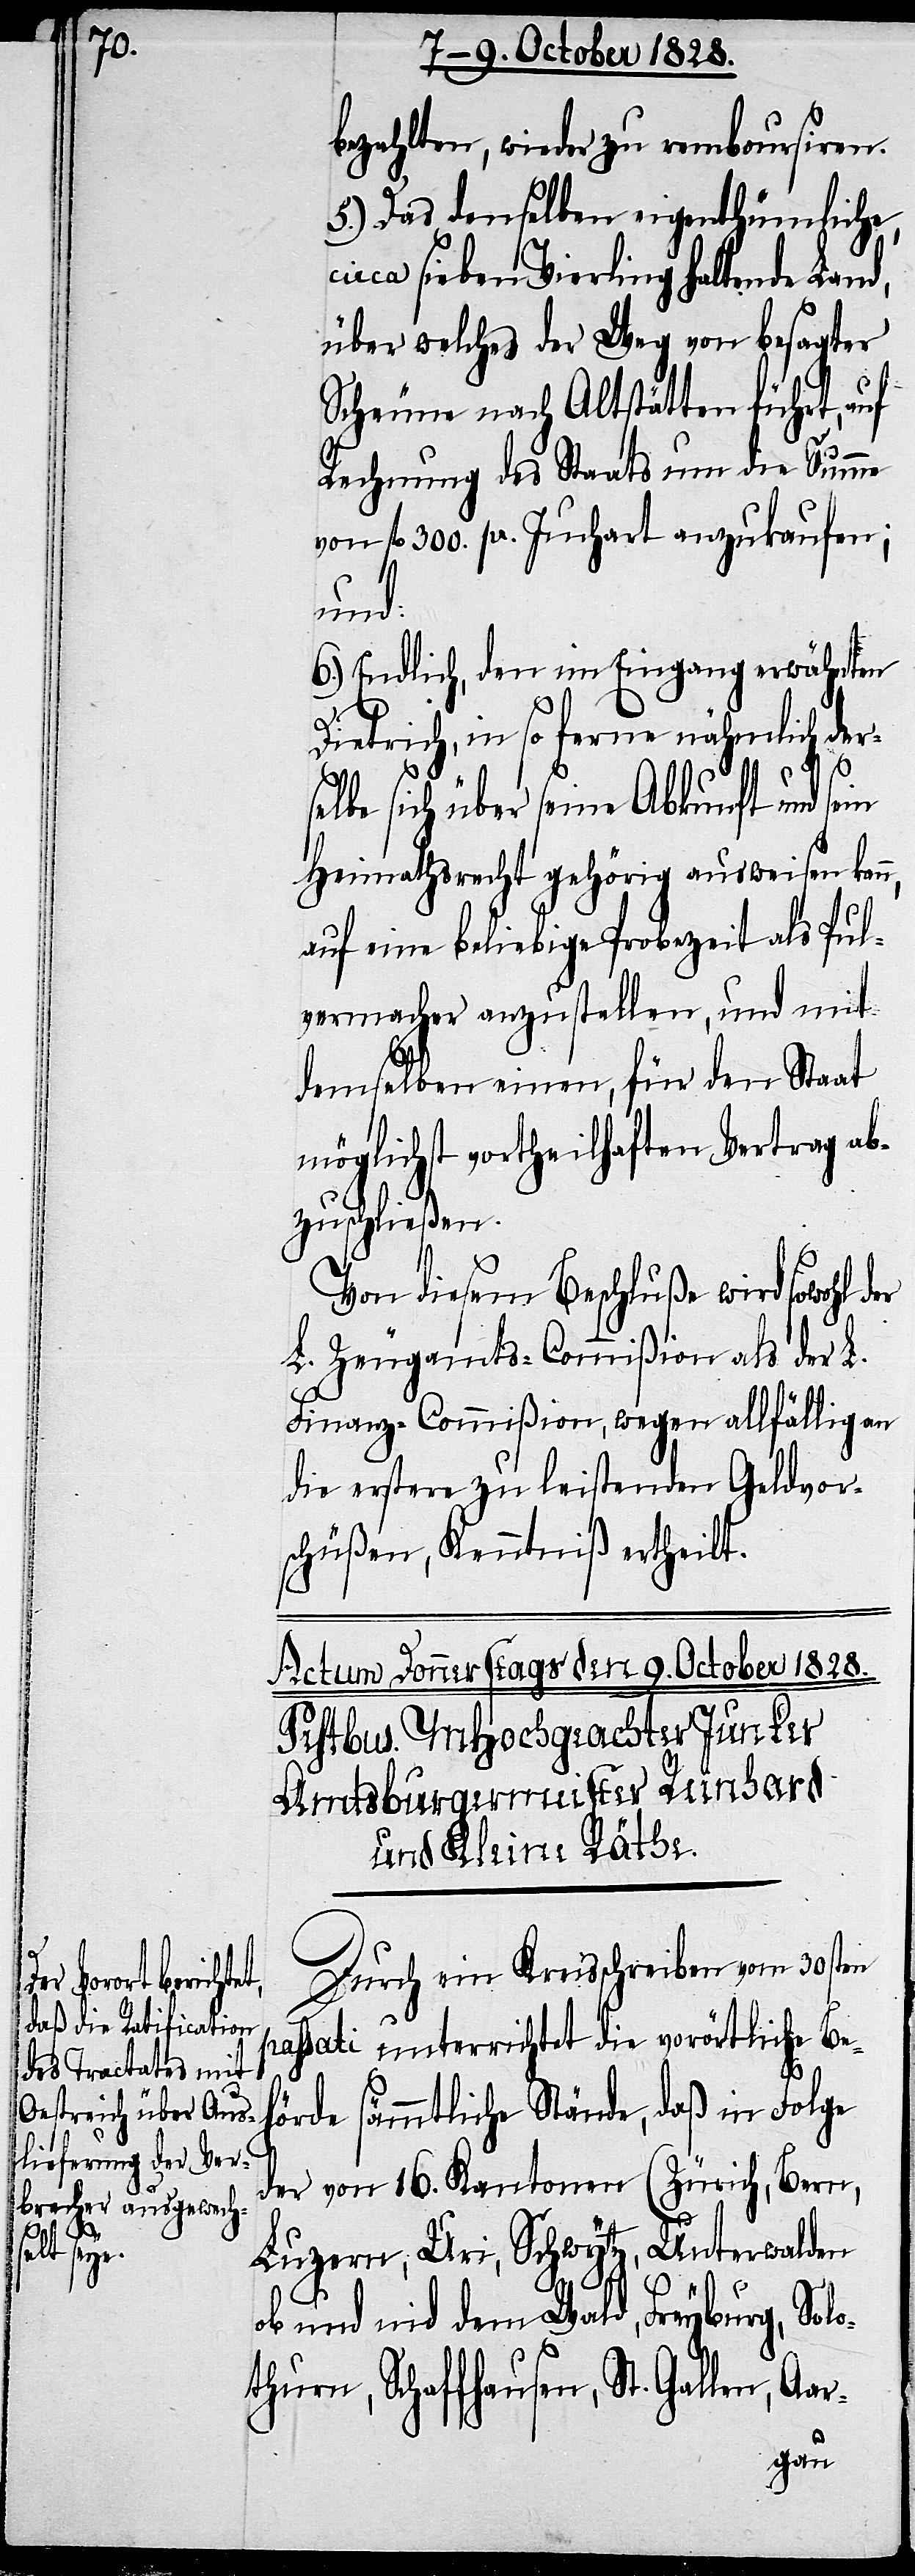
bezahlten, wieder zu remboursiren.
5.) Das denselben eigenthümliche,
circa sieben Vierling haltende Land,
über welches der Weg von besagter
Scheune nach Altstätten führt, auf
Rechnung des Staats um die Summe
von fl. 300. pr. Juchart anzukaufen;
und:
6.) Endlich, den im Eingang erwähnten
Dietrich, in so ferne nähmlich der¬
selbe sich über seine Abkunft und sein
Heimathsrecht gehörig ausweisen kann,
auf eine beliebige Probezeit als Pul¬
vermacher anzustellen, und mit
demselben einen, für den Staat
möglichst vortheilhaften Vertrag ab¬
zuschließen.
Von diesem Beschluße wird sowohl
L. Zeugamts-Commißion als der L.
Finanz-Commißion, wegen allfällig an
die erstere zu leistenden Geldvor¬
schüßen, Kenntniß ertheilt.
Durch ein Kreisschreiben vom 30sten
passati unterrichtet die vorörtliche Be¬
hörde sämmtliche Stände, daß in Folge
der von 16. Kantonen (Zürich, Bern,
der
Luzern, Uri, Schwytz, Unterwalden
ob und nid dem Wald, Freyburg, Solo¬
thurn, Schaffhausen, St. Gallen, Aar-